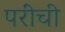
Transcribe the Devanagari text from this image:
परींची